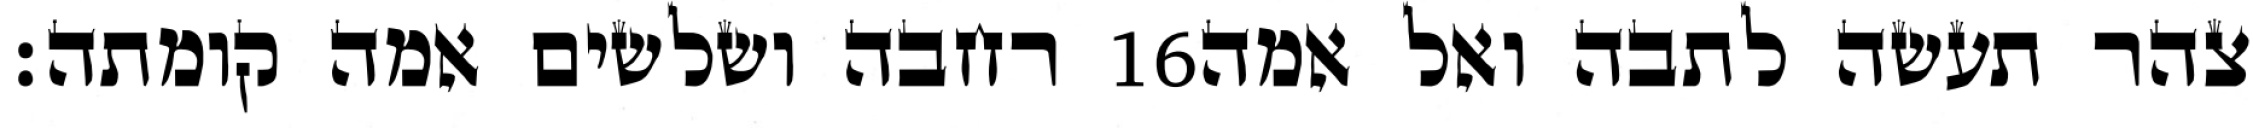
רחבה ושלשים אמה קומתה׃ ‎16‏ צהר תעשה לתבה ואל אמה